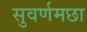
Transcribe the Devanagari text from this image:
सुवर्णमछा